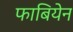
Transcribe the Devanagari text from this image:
फाबियेन